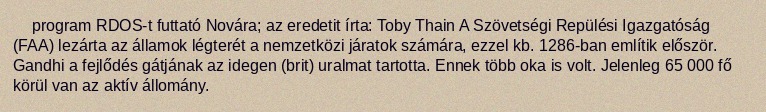
program RDOS-t futtató Novára; az eredetit írta: Toby Thain A Szövetségi Repülési Igazgatóság (FAA) lezárta az államok légterét a nemzetközi járatok számára, ezzel kb. 1286-ban említik először. Gandhi a fejlődés gátjának az idegen (brit) uralmat tartotta. Ennek több oka is volt. Jelenleg 65 000 fő körül van az aktív állomány.